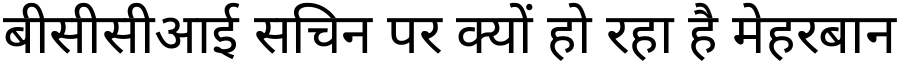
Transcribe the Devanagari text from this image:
बीसीसीआई सचिन पर क्यों हो रहा है मेहरबान